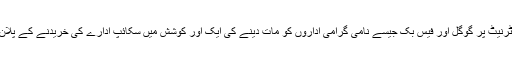
مائیکرو سوفٹ نےانٹرنیٹ پر گوگل اور فیس بک جیسے نامی گرامی اداروں کو مات دینے کی ایک اور کوشش میں سکائپ ادارے کی خریدنے کے پلان کو مکمل کرلیا ہے۔